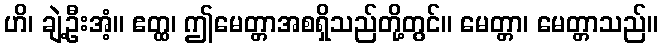
ဟိ၊ ချဲ့ဦးအံ့။ ဧတ္ထ၊ ဤမေတ္တာအစရှိသည်တို့တွင်။ မေတ္တာ၊ မေတ္တာသည်။